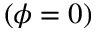
( \phi = 0 )